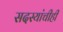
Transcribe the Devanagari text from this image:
सदस्यांचीही